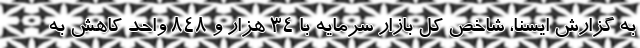
به گزارش ایسنا، شاخص کل بازار سرمایه با ۳۴ هزار و ۸۴۸ واحد کاهش به